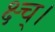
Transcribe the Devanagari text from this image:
क्ष्च्।